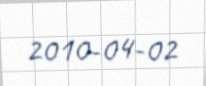
2010-04-02